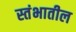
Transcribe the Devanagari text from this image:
स्तंभातील